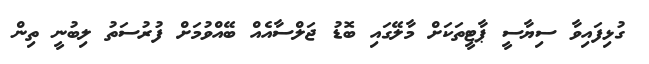
ގުޅިފައިވާ ސިޔާސީ ޕާޓީތަކަށް މާލޭގައި ބޮޑު ޖަލްސާއެއް ބޭއްވުމަށް ފުރުސަތު ލިބުނީ ތިން